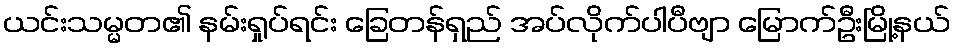
ယင်းသမ္မတ၏ နမ်းရှုပ်ရင်း ခြေတန်ရှည် အပ်လိုက်ပါပီဗျာ မြောက်ဦးမြို့နယ်